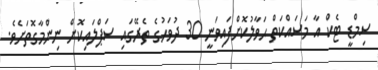
ސިމްޑީ ޓެކް އާ މަސައްކަތް ޙަވާލުކޮށްފައިވަނީ 30 ދުވަހުގެ ތެރޭގައި ސަޕްލައިކޮށް ނިންމާގޮތަށެވެ.